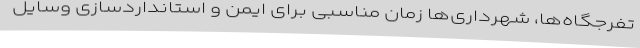
تفرجگاه‌ها، شهرداری‌ها زمان مناسبی برای ایمن و استانداردسازی‌ وسایل